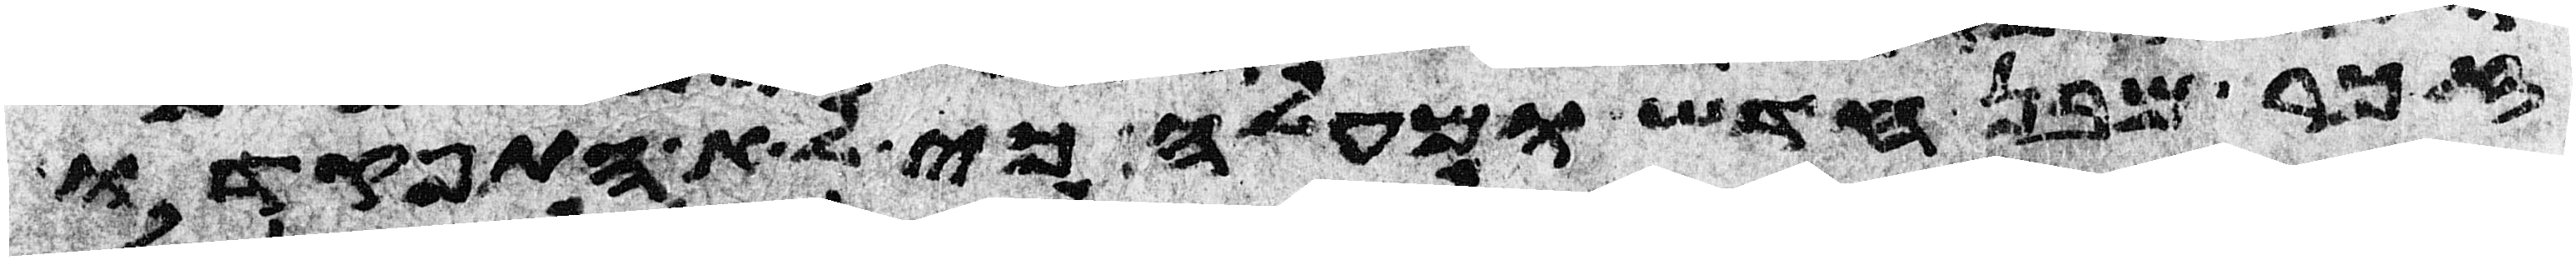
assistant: זכר מבן חדש ומעלה כי לא התפקדו